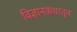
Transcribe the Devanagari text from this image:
विज्ञानकथातून